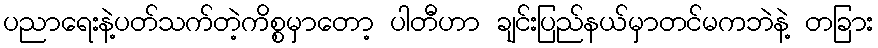
ပညာရေးနဲ့ပတ်သက်တဲ့ကိစ္စမှာတော့ ပါတီဟာ ချင်းပြည်နယ်မှာတင်မကဘဲနဲ့ တခြား